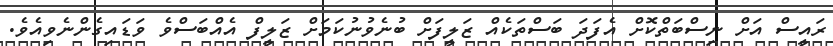
ރައީސް އަށް ނިސްބަތްކޮށް އެފަދަ ބަސްތަކެއް ޒަލީފަށް ބުނެވުނުކަމަށް ޒަލީފް އެއްބަސްވެ ވަޑައިގެންނެވިއެވެ.